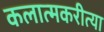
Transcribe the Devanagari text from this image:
कलात्मकरीत्या